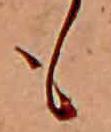
も